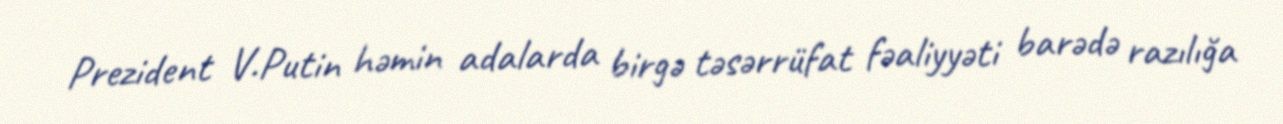
Prezident V.Putin həmin adalarda birgə təsərrüfat fəaliyyəti barədə razılığa